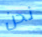
نحن